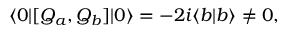
\langle 0 | [ Q _ { a } , Q _ { b } ] | 0 \rangle = - 2 i \langle b | b \rangle \neq 0 ,